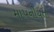
માપનીયતા